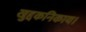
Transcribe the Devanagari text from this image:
खुद्दकनिकाय।